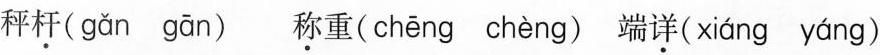
秤杆( gǎn gān ) 称重( chēng chèng )端详( xiáng yáng )